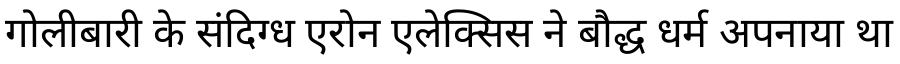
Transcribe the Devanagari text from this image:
गोलीबारी के संदिग्ध एरोन एलेक्सिस ने बौद्ध धर्म अपनाया था